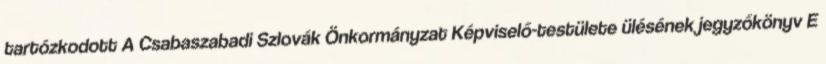
tartózkodott A Csabaszabadi Szlovák Önkormányzat Képviselő-testülete ülésének jegyzőkönyv E